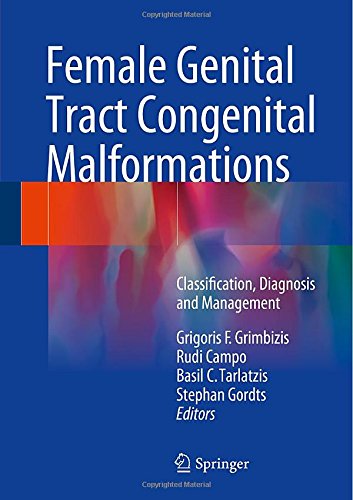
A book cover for Female Genital Tract Congenital Malformations: Classification, Diagnosis and Management; Health, Fitness & Dieting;